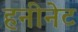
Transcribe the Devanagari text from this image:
हनीनेट